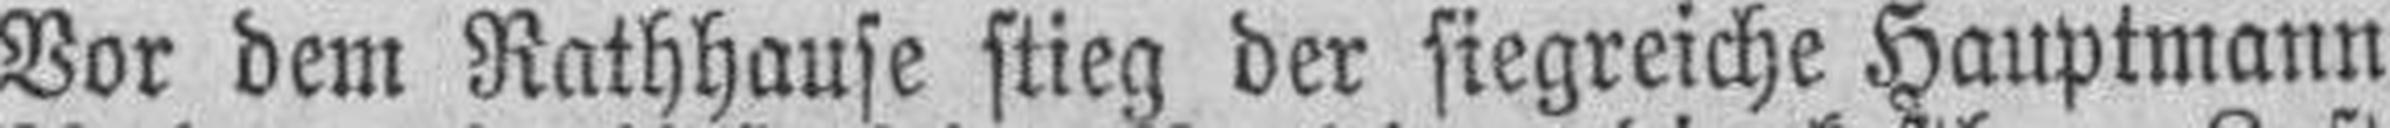
Vor dem Rathhause stieg der siegreiche Hauptmann